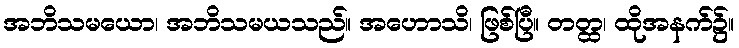
အဘိသမယော၊ အဘိသမယသည်။ အဟောသိ၊ ဖြစ်ပြီ။ တတ္ထ၊ ထိုအနက်၌။